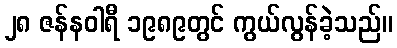
၂၈ ဇန်နဝါရီ ၁၉၈၉တွင် ကွယ်လွန်ခဲ့သည်။